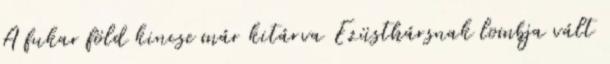
A fukar föld kincse már kitárva Ezüsthársnak lombja vált